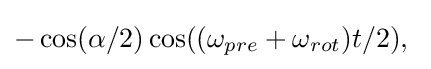
-\cos(\alpha /2)\cos((\omega _{pre}+\omega _{rot})t/2),\